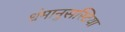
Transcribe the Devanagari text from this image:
धंमानुसस्टिया